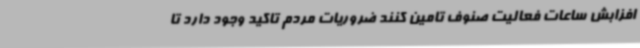
افزابش ساعات فعالیت صنوف تامین کنند ضروریات مردم تاکید وجود دارد تا